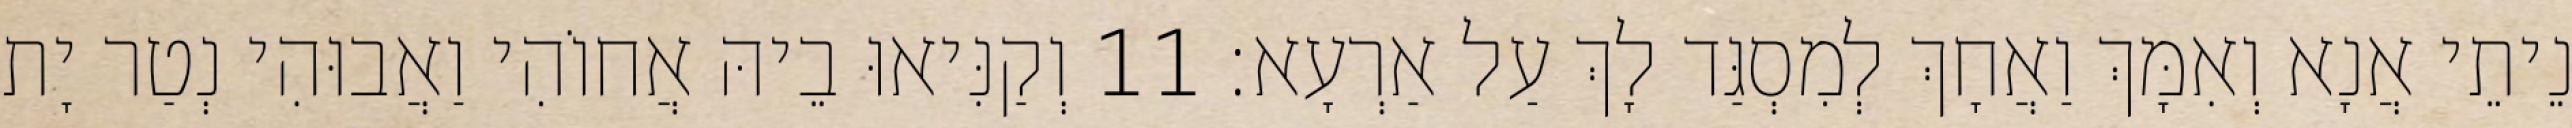
נֵיתֵי אֲנָא וְאִמָּךְ וַאֲחָךְ לְמִסְגַּד לָךְ עַל אַרְעָא׃ 11 וְקַנִּיאוּ בֵיהּ אֲחוֹהִי וַאֲבוּהִי נְטַר יָת